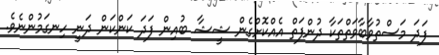
ފަދަ މަސްތުވާބާވަތްތަކާ ދުންފަތް އެއްކޮށްގެން ޝީޝާ ބުއިން ފަދަ ކަންކަން ދަނީ ހިނގަމުންނެވެ.